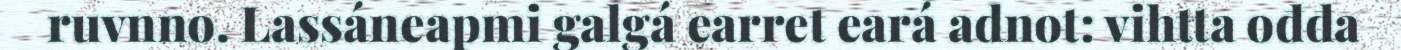
ruvnno. Lassáneapmi galgá earret eará adnot: vihtta ođđa